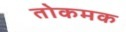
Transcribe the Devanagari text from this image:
तोकमक